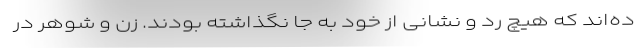
ده‌اند که هیچ رد و نشانی از خود به جا نگذاشته بودند. زن و شوهر در